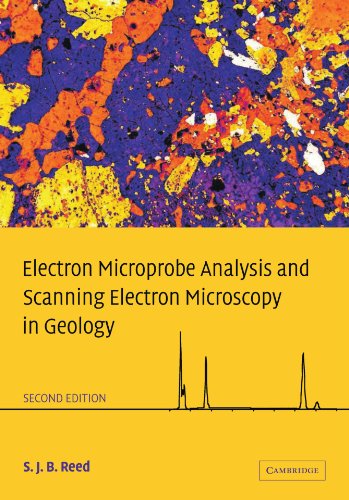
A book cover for Electron Microprobe Analysis and Scanning Electron Microscopy in Geology; S. J. B. Reed; Science & Math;